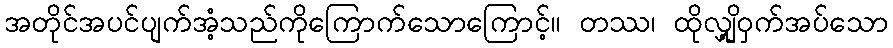
အတိုင်အပင်ပျက်အံ့သည်ကိုကြောက်သောကြောင့်။ တဿ၊ ထိုလျှို့ဝှက်အပ်သော